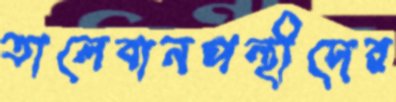
তালেবানপন্থীদের